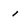
Character: i